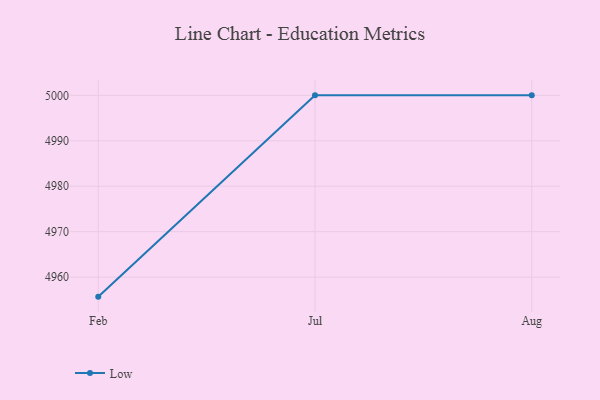
{"axis": {"x": "Month", "y": "Inventory Turnover"}, "legend": ["Low"], "data": [{"x": "Feb", "y": 4955.7, "type": "Low"}, {"x": "Jul", "y": 5000, "type": "Low"}, {"x": "Aug", "y": 5000, "type": "Low"}]}